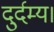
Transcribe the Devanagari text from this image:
दुर्दम्य।